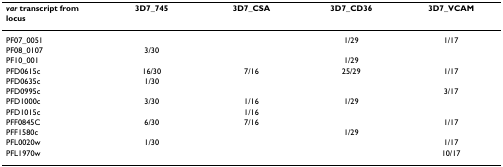
<table><thead><tr><td><b><i>var </i>transcript from locus</b></td><td><b>3D7_745</b></td><td><b>3D7_CSA</b></td><td><b>3D7_CD36</b></td><td><b>3D7_VCAM</b></td></tr></thead><tbody><tr><td>PF07_0051</td><td></td><td></td><td>1/29</td><td>1/17</td></tr><tr><td>PF08_0107</td><td>3/30</td><td></td><td></td><td></td></tr><tr><td>PF10_001</td><td></td><td></td><td>1/29</td><td></td></tr><tr><td>PFD0615c</td><td>16/30</td><td>7/16</td><td>25/29</td><td>1/17</td></tr><tr><td>PFD0635c</td><td>1/30</td><td></td><td></td><td></td></tr><tr><td>PFD0995c</td><td></td><td></td><td></td><td>3/17</td></tr><tr><td>PFD1000c</td><td>3/30</td><td>1/16</td><td>1/29</td><td></td></tr><tr><td>PFD1015c</td><td></td><td>1/16</td><td></td><td></td></tr><tr><td>PFF0845C</td><td>6/30</td><td>7/16</td><td></td><td>1/17</td></tr><tr><td>PFF1580c</td><td></td><td></td><td>1/29</td><td></td></tr><tr><td>PFL0020w</td><td>1/30</td><td></td><td></td><td>1/17</td></tr><tr><td>PFL1970w</td><td></td><td></td><td></td><td>10/17</td></tr></tbody></table>